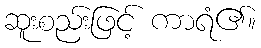
ဆူးစည်းဖြင့် ကာရံ၏။